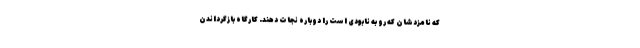
که نامزدشان که رو به نابودی است را دوباره نجات دهند. کارگاه بازگرداندن